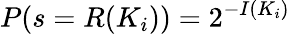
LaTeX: P(s=R(K_{i}))=2^{-I(K_{i})}